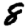
Digit: 8